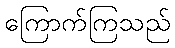
ကြောက်ကြသည်